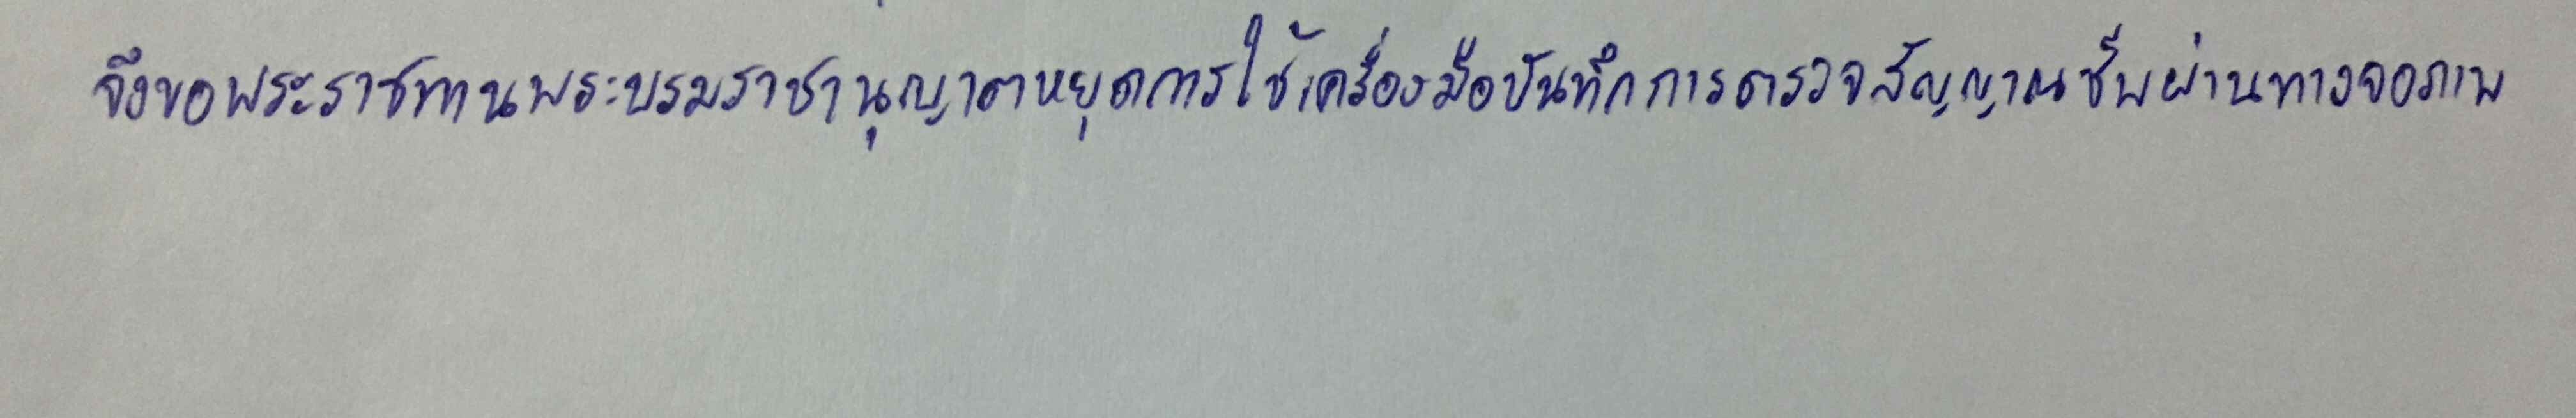
จึงขอพระราชทานพระบรมราชานุญาตหยุดการใช้เครื่องมือบันทึกการตรวจสัญญาณชีพผ่านทางจอภาพ